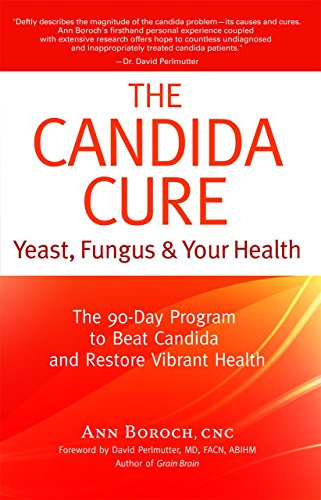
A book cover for The Candida Cure: Yeast, Fungus & Your Health - The 90-Day Program to Beat Candida & Restore Vibrant Health; Ann Boroch; Health, Fitness & Dieting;